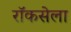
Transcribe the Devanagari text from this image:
रॉकसेला